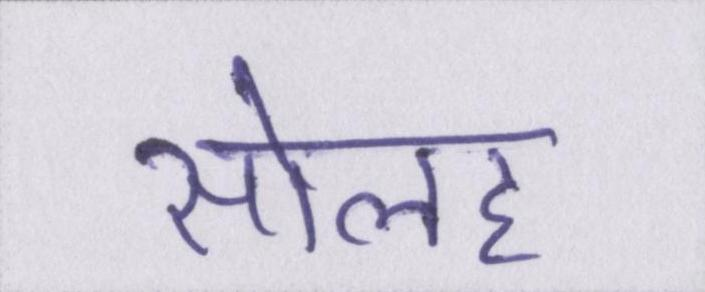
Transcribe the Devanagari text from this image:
सोलह